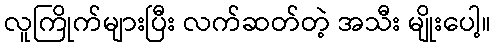
လူကြိုက်များပြီး လက်ဆတ်တဲ့ အသီး မျိုးပေါ့။